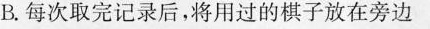
B.每次取完记录后，将用过的棋子放在旁边